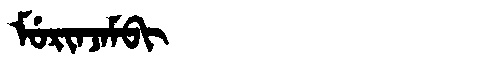
Manchu: ᠮᡠᡵᡳᠨᠵᠠᠮᠪᡳ
Romanization: MURINJAMBI